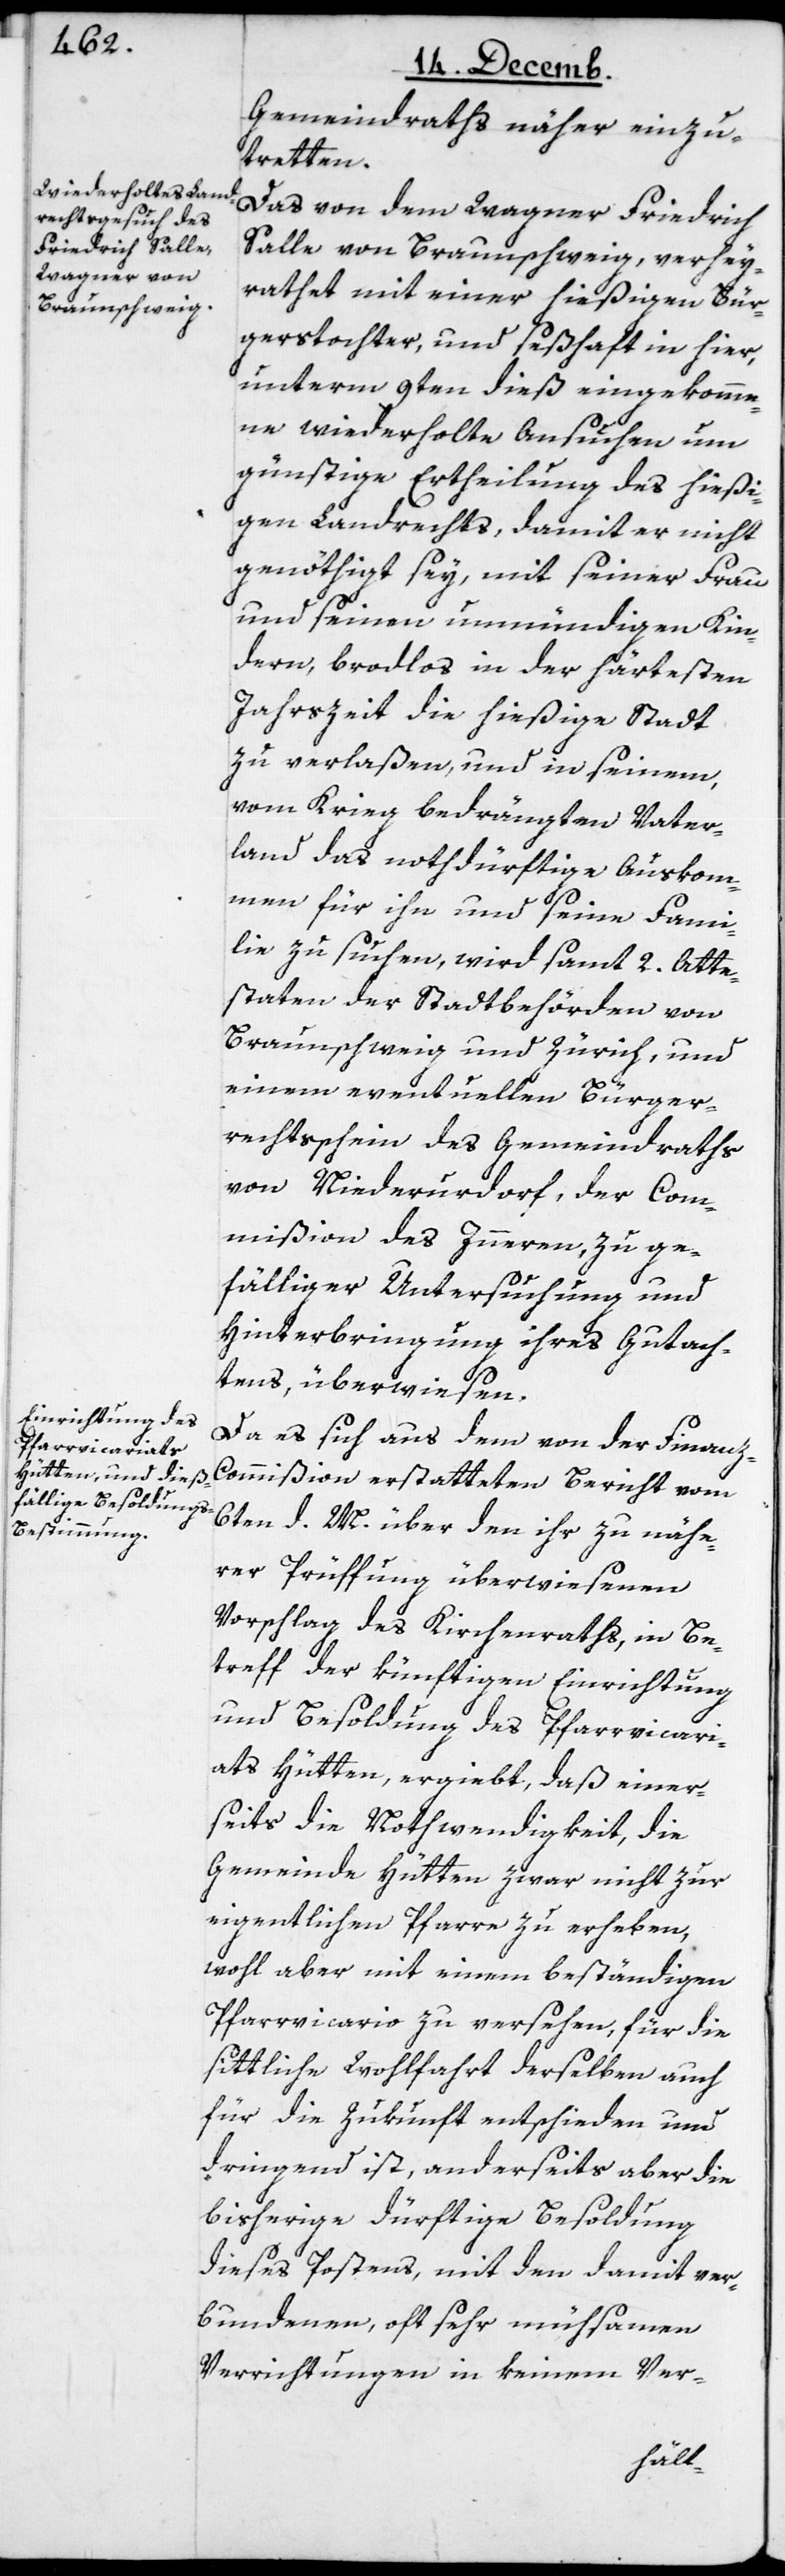
Gemeindraths näher einzu¬
tretten.
Das von dem Wagner Friedrich
Salle von Braunschweig, verhey¬
rathet mit einer hießigen Bür¬
gerstochter, und seßhaft in hier,
unterm 9ten dieß eingekomme¬
ne wiederholte Ansuchen um
günstige Ertheilung des hießi¬
gen Landrechts, damit er nicht
genöthigt sey, mit seiner Frau
und seinen unmündigen Kin¬
dern, brotlos in der härtesten
Jahrszeit die hießige Stadt
zu verlaßen, und in seinem,
vom Krieg bedrängten Vater¬
land das notdürftige Auskom¬
men für ihn und seine Fami¬
lie zu suchen, wird samt 2. Atte¬
staten der Stadtbehörden von
Braunschweig und Zürich, und
einem eventuellen Bürger¬
rechtsschein des Gemeindraths
von Niederurdorf, der Com¬
mißion des Innern, zu ge¬
fälliger Untersuchung und
Hinterbringung ihres Gutach¬
tens, überwiesen.
Da es sich aus dem von der Finan¬
z-Commißion erstatteten Bericht vom
6ten d. M. über den ihr zu nähe¬
rer Prüffung überwiesenen
Vorschlag des Kirchenraths, in Be¬
treff der künftigen Einrichtung
und Besoldung des Pfarrvicari¬
ats Hütten, ergiebt, daß einer¬
seits die Nothwendigkeit, die
Gemeinde Hütten zwar nicht zur
eigentlichen Pfarre zu erheben,
wohl aber mit einem beständigen
Pfarrvicario zu versehen, für die
sittliche Wohlfahrt derselben auch
für die Zukunft entschieden und
dringend ist, anderseits aber die
bisherige dürftige Besoldung
dieses Postens, mit den damit ver¬
bundenen, oft sehr mühsamen
Verrichtungen in keinem Ver-